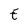
Character: E